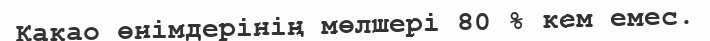
Какао өнімдерінің мөлшері 80 % кем емес.